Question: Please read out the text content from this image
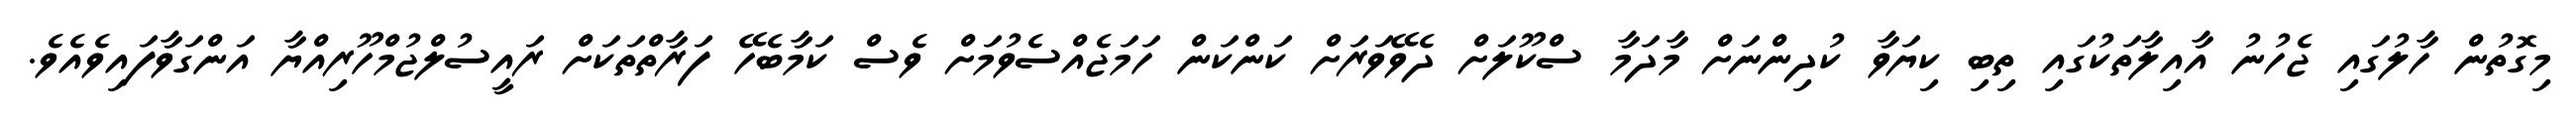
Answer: މިގޮތުން ހާލުގައި ޖެހުނު އާއިލާތަކުގައި ތިބި ކިޔަވާ ކުދިންނަށް މާދަމާ ސްކޫލަށް ދެވޭވަރަށް ކަންކަން ހަމަޖެއްސެވުމަށް ވެސް ކަމާބެހޭ ފަރާތްތަކަށް ރައީސުލްޖުމްހޫރިއްޔާ އަންގަވާފައިވެއެވެ.